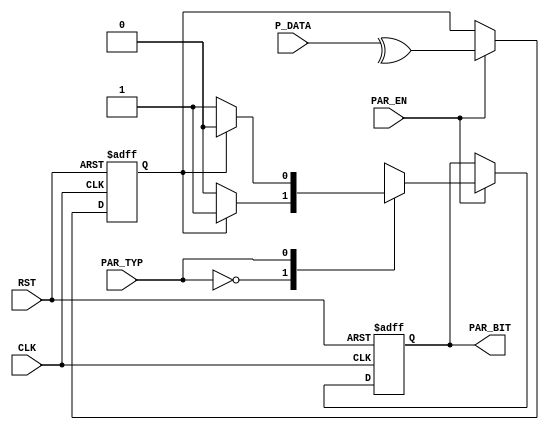
`timescale 1ns / 1ps
//////////////////////////////////////////////////////////////////////////////////
// Company: 
// Engineer: 
// 
// Design Name: 
// Module Name: PARITY_CALC (UART-TX)
// Project Name: LowPowerMultiClockDigtialCommuSys
// Target Devices: 
// Tool Versions: 
// Description: 
// 
// Dependencies: 
// 
// Revision:
// Revision 0.01 - File Created
// Additional Comments:
// 
//////////////////////////////////////////////////////////////////////////////////
module PARITY_CALC #(
    parameter DATA_WIDTH = 8 
    ) (
    input   wire                        CLK,
    input   wire                        RST,
    input   wire  [DATA_WIDTH-1 : 0]    P_DATA,
    input   wire                        PAR_EN,
    input   wire                        PAR_TYP,
    output  reg                         PAR_BIT
    );

    reg                                 XOR_DATA;
    

    always @(posedge CLK, negedge RST)
    begin
        if (~RST) begin
            PAR_BIT  <= 1'b0;
            XOR_DATA <=  'b0;
        end
        else if(PAR_EN) begin
            XOR_DATA <= ^(P_DATA);
            case(PAR_TYP)
                1'b0: PAR_BIT <= XOR_DATA ? 1'b1 : 1'b0;   // even parity
                1'b1: PAR_BIT <= XOR_DATA ? 1'b0 : 1'b1;   // odd parity
            endcase
        end
        else
            PAR_BIT <= PAR_BIT;
    end
    
    
    
endmodule